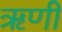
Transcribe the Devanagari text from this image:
ॠणी